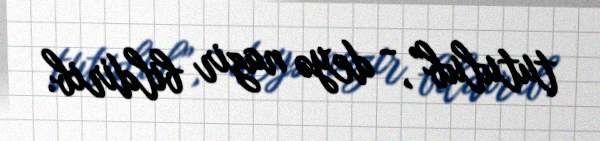
tutulub”, - deyə nazir bildirib.